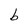
Character: b